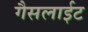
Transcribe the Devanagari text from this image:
गैसलाईट